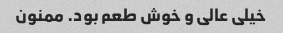
خیلی عالی و خوش طعم بود. ممنون